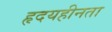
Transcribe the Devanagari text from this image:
हृदयहीनता